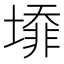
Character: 𡐥